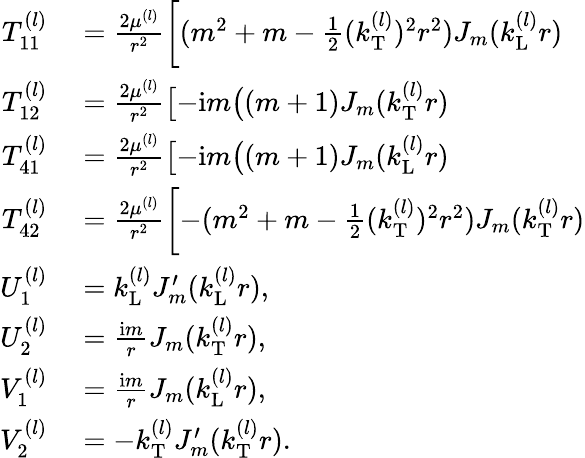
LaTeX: \begin{array}{rl}{T_{11}^{(l)}}&{{}=\frac{2\mu^{(l)}}{r^{2}}\biggl[(m^{2}+m-\frac{1}{2}(k_{\mathrm{T}}^{(l)})^{2}r^{2})J_{m}(k_{\mathrm{L}}^{(l)}r)}\\ {T_{12}^{(l)}}&{{}=\frac{2\mu^{(l)}}{r^{2}}\bigl[-\mathrm{i}m\bigl((m+1)J_{m}(k_{\mathrm{T}}^{(l)}r)}\\ {T_{41}^{(l)}}&{{}=\frac{2\mu^{(l)}}{r^{2}}\bigl[-\mathrm{i}m\bigl((m+1)J_{m}(k_{\mathrm{L}}^{(l)}r)}\\ {T_{42}^{(l)}}&{{}=\frac{2\mu^{(l)}}{r^{2}}\biggl[-(m^{2}+m-\frac{1}{2}(k_{\mathrm{T}}^{(l)})^{2}r^{2})J_{m}(k_{\mathrm{T}}^{(l)}r)}\\ {U_{1}^{(l)}}&{{}=k_{\mathrm{L}}^{(l)}J_{m}^{\prime}(k_{\mathrm{L}}^{(l)}r),}\\ {U_{2}^{(l)}}&{{}=\frac{\mathrm{i}m}{r}J_{m}(k_{\mathrm{T}}^{(l)}r),}\\ {V_{1}^{(l)}}&{{}=\frac{\mathrm{i}m}{r}J_{m}(k_{\mathrm{L}}^{(l)}r),}\\ {V_{2}^{(l)}}&{{}=-k_{\mathrm{T}}^{(l)}J_{m}^{\prime}(k_{\mathrm{T}}^{(l)}r).}\end{array}